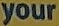
your